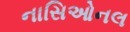
નાસિઓનલ